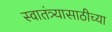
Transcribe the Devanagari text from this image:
स्वातंत्र्यासाठीच्या